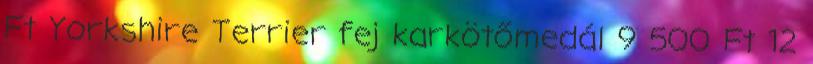
Ft Yorkshire Terrier fej karkötőmedál 9 500 Ft 12